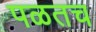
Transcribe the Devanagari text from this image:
पळतच